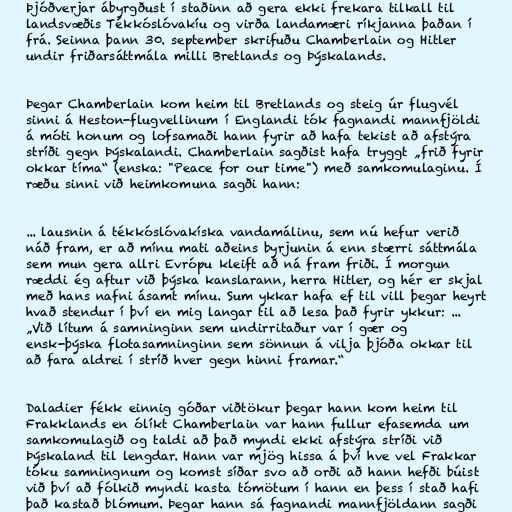
Þjóðverjar ábyrgðust í staðinn að gera ekki frekara tilkall til
landsvæðis Tékkóslóvakíu og virða landamæri ríkjanna þaðan í
frá. Seinna þann 30. september skrifuðu Chamberlain og Hitler
undir friðarsáttmála milli Bretlands og Þýskalands.

Þegar Chamberlain kom heim til Bretlands og steig úr flugvél
sinni á Heston-flugvellinum í Englandi tók fagnandi mannfjöldi
á móti honum og lofsamaði hann fyrir að hafa tekist að afstýra
stríði gegn Þýskalandi. Chamberlain sagðist hafa tryggt „frið fyrir
okkar tíma“ (enska: "Peace for our time") með samkomulaginu. Í
ræðu sinni við heimkomuna sagði hann:

... lausnin á tékkóslóvakíska vandamálinu, sem nú hefur verið
náð fram, er að mínu mati aðeins byrjunin á enn stærri sáttmála
sem mun gera allri Evrópu kleift að ná fram friði. Í morgun
ræddi ég aftur við þýska kanslarann, herra Hitler, og hér er skjal
með hans nafni ásamt mínu. Sum ykkar hafa ef til vill þegar heyrt
hvað stendur í því en mig langar til að lesa það fyrir ykkur: ...
„Við lítum á samninginn sem undirritaður var í gær og
ensk-þýska flotasamninginn sem sönnun á vilja þjóða okkar til
að fara aldrei í stríð hver gegn hinni framar.“

Daladier fékk einnig góðar viðtökur þegar hann kom heim til
Frakklands en ólíkt Chamberlain var hann fullur efasemda um
samkomulagið og taldi að það myndi ekki afstýra stríði við
Þýskaland til lengdar. Hann var mjög hissa á því hve vel Frakkar
tóku samningnum og komst síðar svo að orði að hann hefði búist
við því að fólkið myndi kasta tómötum í hann en þess í stað hafi
það kastað blómum. Þegar hann sá fagnandi mannfjöldann sagði